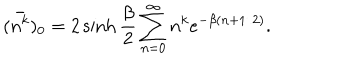
LaTeX: ( \bar { n ^ { k } } ) _ { 0 } = 2 \sinh \frac { \beta } { 2 } \sum _ { n = 0 } ^ { \infty } n ^ { k } e ^ { - \beta ( n + 1 / 2 ) } .